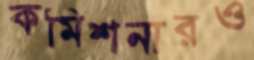
কমিশনারও